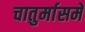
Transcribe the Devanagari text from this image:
चातुर्मासमें